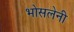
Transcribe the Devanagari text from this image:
भोसलेनी